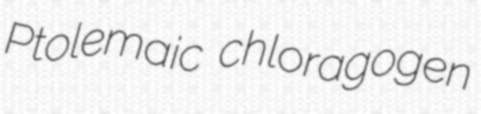
Ptolemaic chloragogen